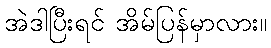
အဲဒါပြီးရင် အိမ်ပြန်မှာလား။